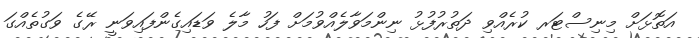
އަތޮޅަށް މިނިސްޓަރ ކުރެއްވި ދަތުރުފުޅު ނިންމަވާލެއްވުމަށް ފަހު މާލެ ވަޑައިގެންފައިވަނީ ރޭގެ ވަގުތެއްގަ